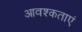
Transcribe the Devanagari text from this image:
आवश्कताएं